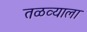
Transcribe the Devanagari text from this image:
तळव्याला